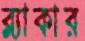
ব্ল্যাকার